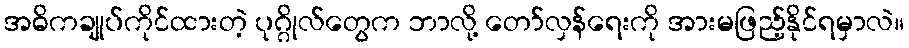
အဓိကချုပ်ကိုင်ထားတဲ့ ပုဂ္ဂိုလ်တွေက ဘာလို့ တော်လှန်ရေးကို အားမဖြည့်နိုင်ရမှာလဲ။